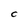
Character: c